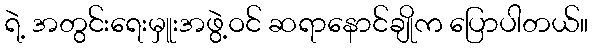
ရဲ့ အတွင်းရေးမှူးအဖွဲ့ဝင် ဆရာနောင်ချိုက ပြောပါတယ်။